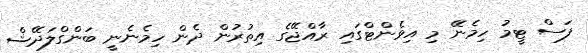
ފަސް ޓީމު ހިމެނޭ މި އިވެންޓްގައި ރާއްޖޭގެ އިތުރުން ދެން ހިމެނެނީ ބަންގްލަދޭޝް